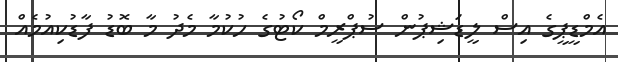
އެމްޑީޕީގެ އިސް ލީޑަޝިޕުން ސުޕްރީމް ކޯޓުގެ ހުކުމާ މެދު މާ ބޮޑު ފާޑުކިއުމެއް